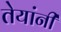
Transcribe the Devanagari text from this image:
तेयांनी